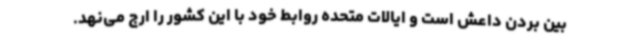
بین بردن داعش است و ایالات متحده روابط خود با این کشور را ارج می‌نهد.